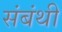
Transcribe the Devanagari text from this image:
संबंथी